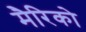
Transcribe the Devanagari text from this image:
मैरिको